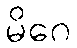
မိဂေ